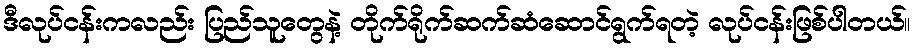
ဒီလုပ်ငန်းကလည်း ပြည်သူတွေနဲ့ တိုက်ရိုက်ဆက်ဆံဆောင်ရွက်ရတဲ့ လုပ်ငန်းဖြစ်ပါတယ်။